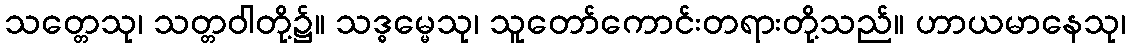
သတ္တေသု၊ သတ္တဝါတို့၌။ သဒ္ဓမ္မေသု၊ သူတော်ကောင်းတရားတို့သည်။ ဟာယမာနေသု၊